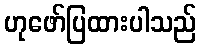
ဟုဖော်ပြထားပါသည်